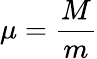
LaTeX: \mu={\frac{M}{m}}